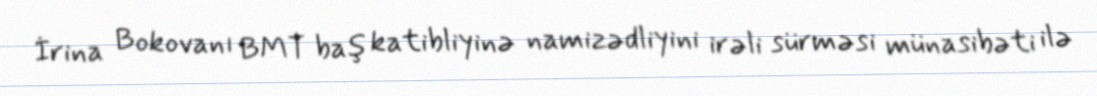
İrina Bokovanı BMT baş katibliyinə namizədliyini irəli sürməsi münasibəti ilə